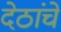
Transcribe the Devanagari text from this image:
देठांचे